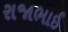
રાજાભાઈ